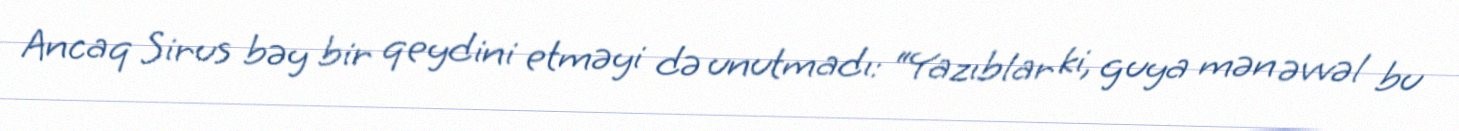
Ancaq Sirus bəy bir qeydini etməyi də unutmadı: “Yazıblar ki, guya mən əvvəl bu